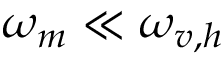
\omega _ { m } \ll \omega _ { v , h }